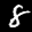
Label: 8